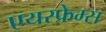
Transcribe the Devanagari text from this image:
एयरफ्रेम्स